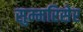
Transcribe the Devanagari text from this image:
सुम्मरिसेर